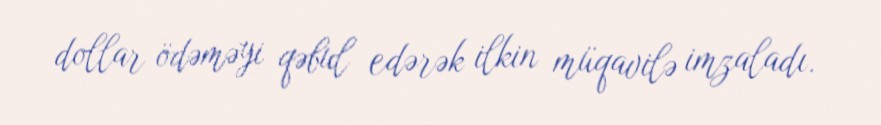
dollar ödəməyi qəbul edərək ilkin müqavilə imzaladı.